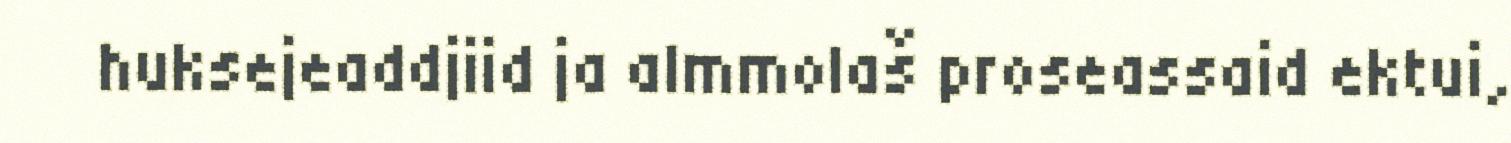
huksejeaddjiid ja almmolaš proseassaid ektui,